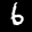
Label: 6